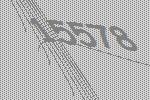
15578